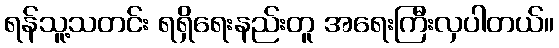
ရန်သူ့သတင်း ရရှိရေးနည်းတူ အရေးကြီးလှပါတယ်။